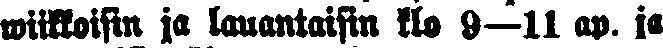
wiikkoisin ja lauantaisin klo 9—11 ap. ja